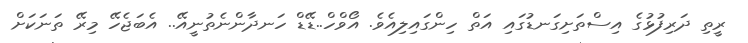
ރީތި ދަރިފުޅުގެ އިސްތަށިގަނޑުގައި އަތް ހިންގައިލިއެވެ. އޯވްހް..ޑޭޑް ހަނދާންނެތުނީއޭ.. އެބަޖެހޭ މިރޭ ތަނަކަށް